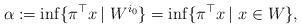
LaTeX: \begin{align*}\alpha:=\inf \{\pi^{\top}x\, | \ W^{i_0}\}=\inf \{\pi^{\top}x\, | \ x\in W\},\end{align*}